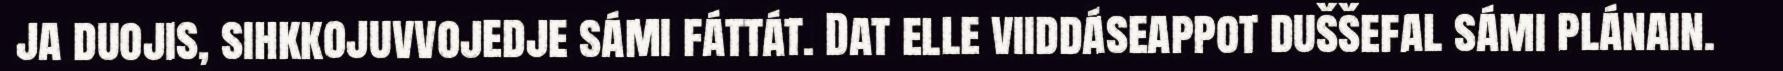
ja duojis, sihkkojuvvojedje sámi fáttát. Dat elle viiddáseappot duššefal sámi plánain.